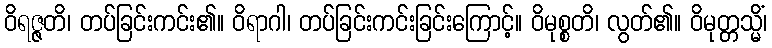
ဝိရဇ္ဇတိ၊ တပ်ခြင်းကင်း၏။ ဝိရာဂါ၊ တပ်ခြင်းကင်းခြင်းကြောင့်။ ဝိမုစ္စတိ၊ လွတ်၏။ ဝိမုတ္တသ္မိံ၊